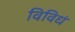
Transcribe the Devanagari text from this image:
विविधं